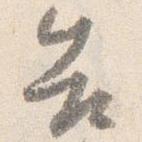
告